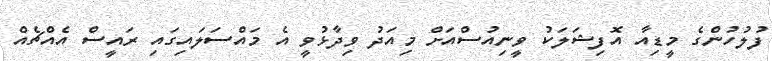
ފުލުހުންގެ މީޑިއާ އޮފިޝަލަކު ވީނިއުސްއަށް މިއަދު ވިދާޅުވީ އެ މައްސަލައިގައި ރައީސް އެއްޗެއް